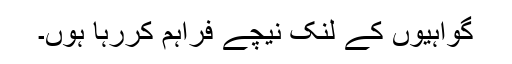
گواہیوں کے لنک نیچے فراہم کررہا ہوں۔